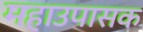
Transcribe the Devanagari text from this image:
महाउपासक